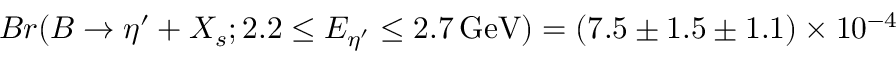
B r ( B \to \eta ^ { \prime } + X _ { s } ; 2 . 2 \le E _ { \eta ^ { \prime } } \le 2 . 7 \, \mathrm { G e V } ) = ( 7 . 5 \pm 1 . 5 \pm 1 . 1 ) \times 1 0 ^ { - 4 }